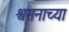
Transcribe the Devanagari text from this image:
श्वसनाच्या